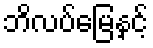
ဘိလပ်မြေနှင့်